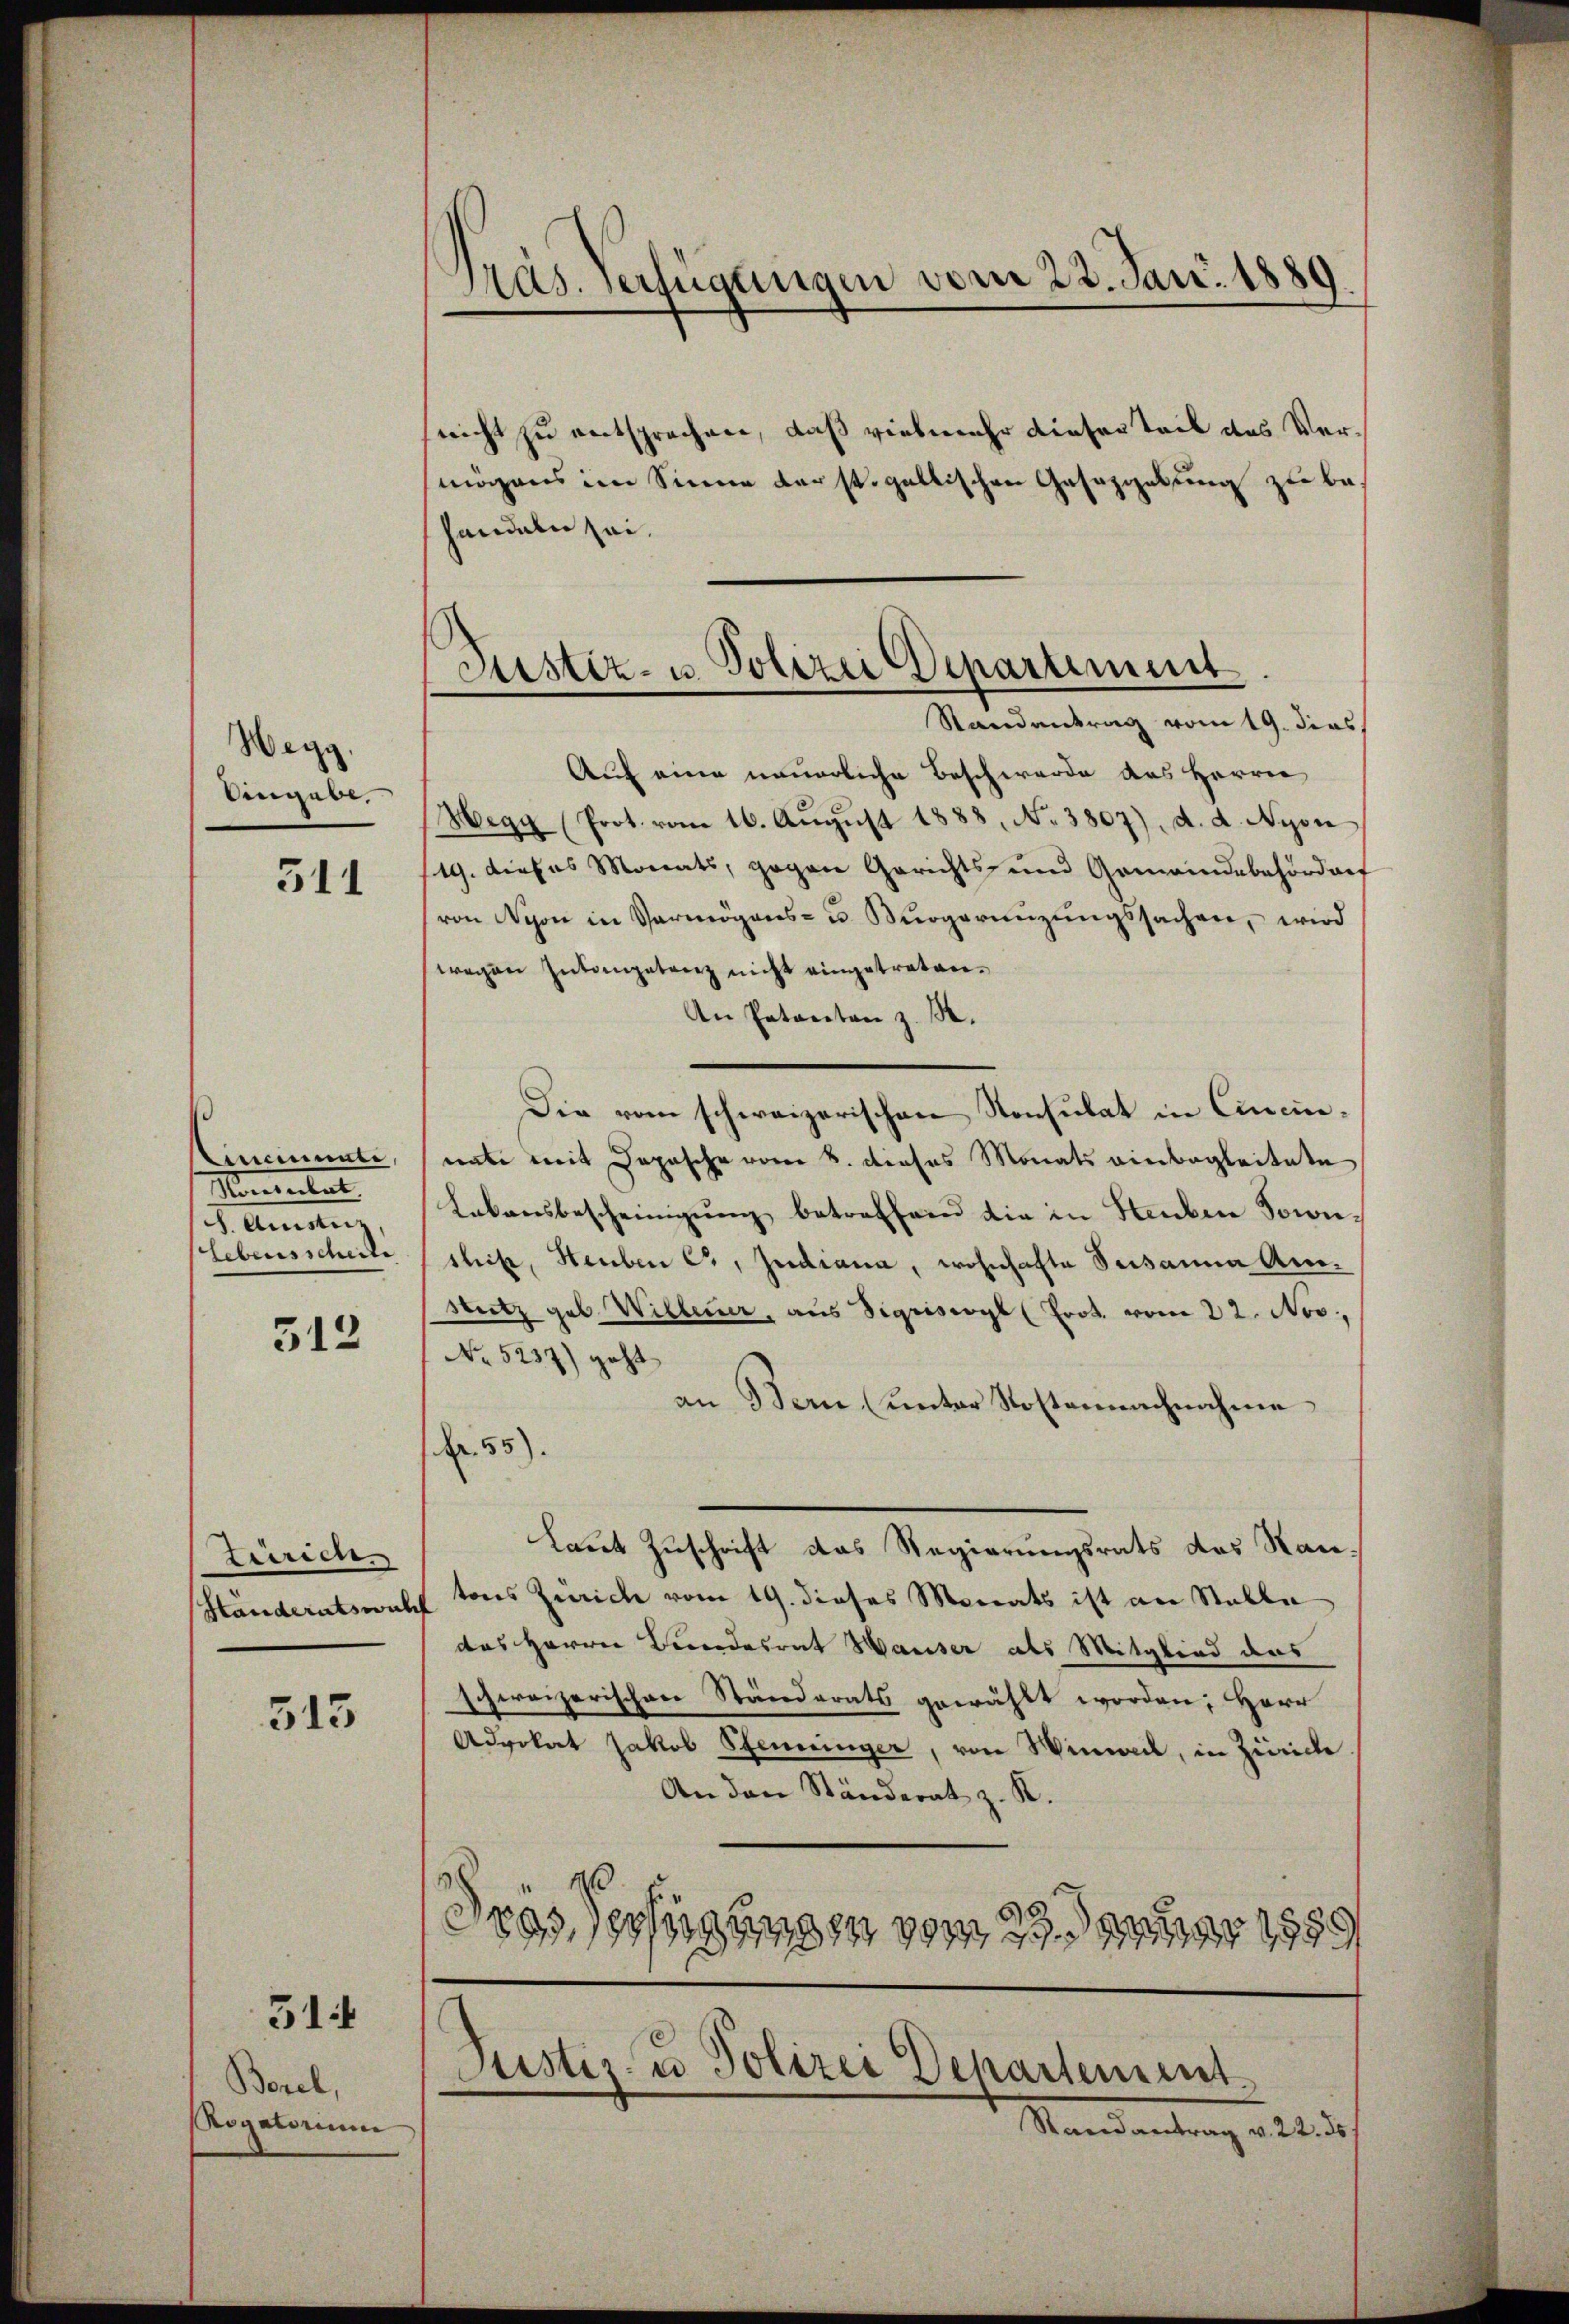
Wegg
Eingabe,

511

Cincimente,
Momentat
I. Austreng
Lebensscheile

312

Zeirich
Händerats mich

513

31

Borel,
Rogatorium

Pras. Verfügungen vom 23. Jan. 1889.

Justiz- u. Polizei Departement
Randantrag vom 19. dies

nicht zu entsprechen, daß vielmehr dieser Teil des Vermögens im Sinne der st. gallischen Gesetzgebung zu behandeln sei.
Auf eine neuerliche Beschwerde des Herrn
Hegg (Prot. vom 16. Aŭgŭst 1888, No 3807), d. d. Nyon
/19. dieses Monats, gegen Gerichts- und Gemeindebehördorf
von Nyon in Vermögens- u. Bürgeringŭngssachen, wird
wegen Intengetanz nicht eingetreten¬
An Patenten z. B.
Die vom schweizerischen Konsulat in Cinciernate mit Depesche vom 8. dieses Monats einbegleitete
Lebensbescheinigung betreffend die in Stauben Sowieshik, Heuben C, Judiana, wohnhafte Susanna Am¬
Stutz geb. Willener, aus Sigriswyl (Prot. vom 22. Nov.
No 5237) geht
an Bern (unter Kostennachnahme
 55).
Laut Zuschrift das Regierungsrats das Nan-
tons Zürich vom 19. dieses Monats ist an Stalle
t
das Herrn Beendesrat Waiser als Mitglied das
schweizerischen Ständerats gewählt worden; Herr
Advokat Jakob Steininger, von Wimal, in Zürich
An den Ständerat z. R.
20
6
dees eigungen vom 1. Januar 1889

Justiz- u Polizei Departement.
Randantrag v. 22. ds.